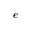
e